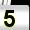
Digit: 5